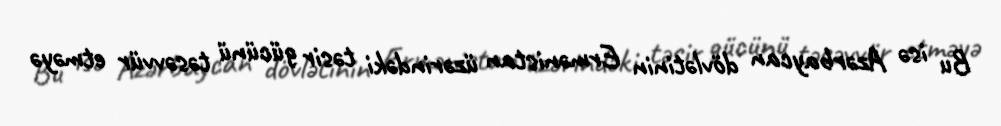
Bu isə Azərbaycan dövlətinin Ermənistan üzərindəki təsir gücünü təsəvvür etməyə